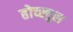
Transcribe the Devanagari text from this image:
होच्स्चुल